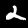
Label: 2